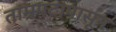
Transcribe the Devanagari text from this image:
ताम्रपटापासून